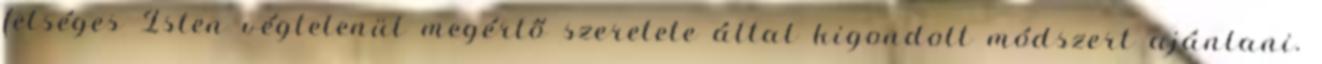
felséges Isten végtelenül megértő szeretete által kigondolt módszert ajánlani.